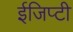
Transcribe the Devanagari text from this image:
ईजिप्टी